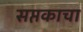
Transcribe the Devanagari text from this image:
सप्तकाचा